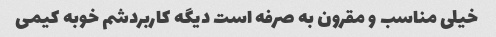
خیلی مناسب و مقرون به صرفه است دیگه کاربردشم خوبه کیمی